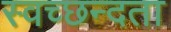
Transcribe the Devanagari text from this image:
स्‍वच्‍छन्‍दता